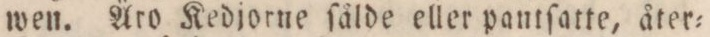
wen. Äro Kedjorne ſålde eller pantſatte, åter=